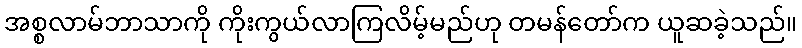
အစ္စလာမ်ဘာသာကို ကိုးကွယ်လာကြလိမ့်မည်ဟု တမန်တော်က ယူဆခဲ့သည်။